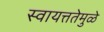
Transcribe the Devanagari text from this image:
स्वायत्ततेमुळे